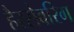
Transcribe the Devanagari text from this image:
हैरसेवरिग